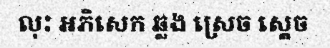
លុះ អភិសេក ឆ្លង ស្រេច ស្តេច